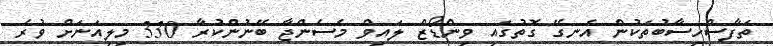
ތަފާސްހިސާބުތަކުން އެނގޭ ގޮތުގައި ވިންޑޯޒް ލައިވް މެސެންޖާ ބޭނުންކުރާ 330 މިލިއަނަށް ވުރެ